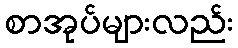
စာအုပ်များလည်း